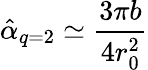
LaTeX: \hat{\alpha}_{q=2}\simeq\frac{3\pi b}{4r_{0}^{2}}